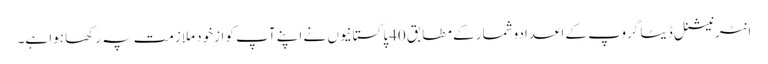
انٹرنیشنل ڈیٹا گروپ کے اعدادوشمار کے مطابق 40پاکستانیوں نے اپنے آپ کو ازخود ملازمت پہ رکھا ہوا ہے۔